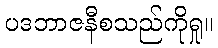
ပဒဘာဇနီစသည်ကိုရှု။